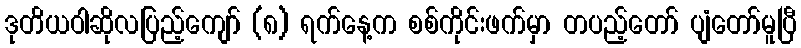
ဒုတိယဝါဆိုလပြည့်ကျော် (၈) ရက်နေ့က စစ်ကိုင်းဖက်မှာ တပည့်တော် ပျံတော်မူပြီ